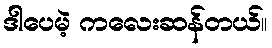
ဒါပေမဲ့ ကလေးဆန်တယ်။